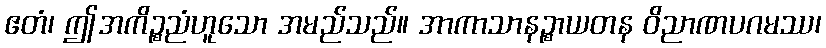
ဧတံ၊ ဤအကိဉ္စညံဟူသော အမည်သည်။ အာကာသာနဉ္စာယတန ဝိညာဏပဂမဿ၊